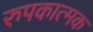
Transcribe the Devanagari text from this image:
रुपकात्मक